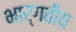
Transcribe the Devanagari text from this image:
भार्गवीय